Scottish Leaving Certificate Examination, 1953
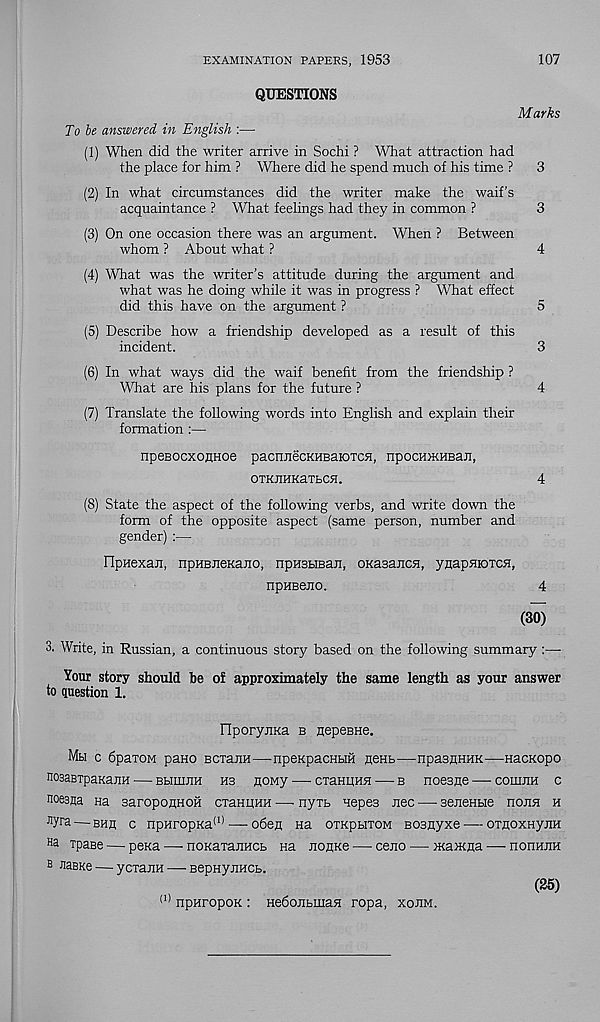
EXAMINATION PAPERS, 1953
107
QUESTIONS
Marks
To be answered in English :—
(1) When did the writer arrive in Sochi ? What attraction had
the place for him ? Where did he spend much of his time ? 3
(2) In what circumstances did the writer make the waifs
acquaintance ? What feelings had they in common ?
3
(3) On one occasion there was an argument. When ? Between
whom ? About what ?
4
(4) What was the writer’s attitude during the argument and
what was he doing while it was in progress ? What effect
did this have on the argument ?
5
(5) Describe how a friendship developed as a result of this
incident.
3
(6) In what ways did the waif benefit from the friendship ?
What are his plans for the future ?
4
(7) Translate the following words into English and explain their
formation :—
npeBoexoflHoe pacnnecKHBaioTCH, npoaoKHBan,
OTKJIHKaTBCH.
4
(8) State the aspect of the following verbs, and write down the
form of the opposite aspect (same person, number and
gender) :—
FIpHexan, npHBJieKano, npusuBaji, oKasancH, ynapnioTCH,
npHeeno.
4
(30)
3. Write, in Russian, a continuous story based on the following summary :—■
Your story should be of approximately the same length as your answer
to question 1.
IIporyjiKa b nepeBHe.
Mti c bpaxoM pano BCxaiiH—npeKpacHHH HeHb—npasnHHK—Hacnopo
nosaETpanajiH •— bhiujih hb noMy — cxaHiiHH — b noesiie — coiiijih c
noesna na saroponnoH cxamiHH — nyxb uepes nee — Benenbie nonn h
flyra — bhu c npHropKa (1) — o6en na otkphxom BosHyxe — oxnoxHynn
H a xpase — pena — nonaxanucb na nonne — ceno — maiKua —- nornum
b naBKe — ycxanii — BepHynncb.
(25)
(1) npHropoK : HedonbinaH ropa, xorm.